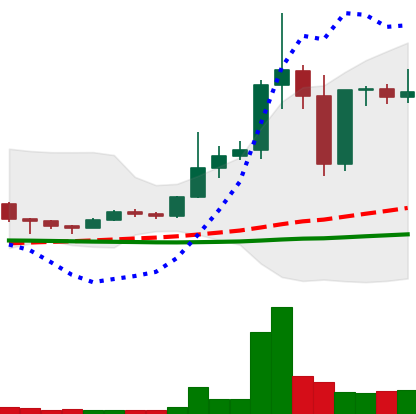
Ticker: DOGE-USD
Chart end date: 2020-12-27
Forward return: 25%
Label: up_7plus